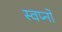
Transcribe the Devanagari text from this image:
स्वप्‍नों